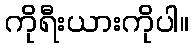
ကိုရီးယားကိုပါ။